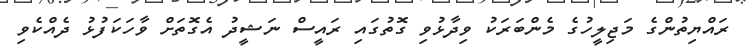
ރައްޔިތުންގެ މަޖިލީހުގެ މެންބަރަކު ވިދާޅުވި ގޮތުގައި ރައީސް ނަޝީދު އެގޮތަށް ވާހަކަފުޅު ދެއްކެވި